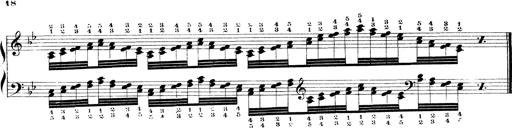
Title: Technische Studien
Composer: Franz Liszt